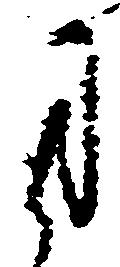
司